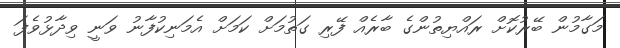
މަގާމުން ބޭރުކޮށް ރައްޔިތުންގެ ބާރެއް ފޭރި ގަތުމަށް ކަމަށް އެމަނިކުފާނު ވަނީ ވިދާޅުވެފަ